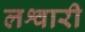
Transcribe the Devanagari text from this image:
लश्वारी